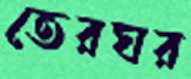
তেরঘর